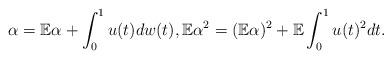
LaTeX: \begin{align*}\alpha=\mathbb{E}\alpha +\int^1_0 u(t)dw(t), \mathbb{E} \alpha ^2 = (\mathbb{E} \alpha )^2 + \mathbb{E} \int_0^1 u(t)^2 dt .\end{align*}